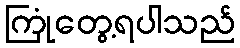
ကြုံတွေ့ရပါသည်